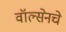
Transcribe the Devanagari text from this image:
वॉल्सेनचे